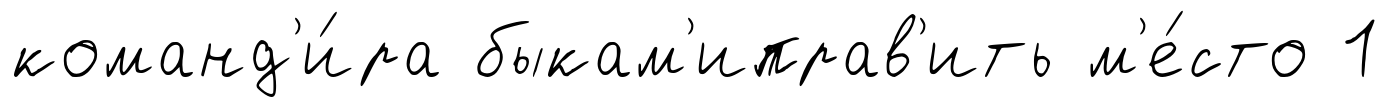
команд'и́ра быкам'иправ'ить м'е́сто 1